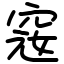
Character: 窛